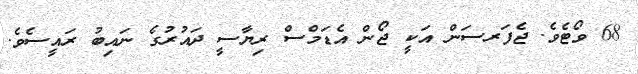
68 ވޯޓެވެ. ޖެފަރސަން އަކީ ޖޯން އެޑަމްސް ރިޔާސީ ދައުރުގެ ނައިބު ރައީސެވެ.